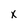
Character: x